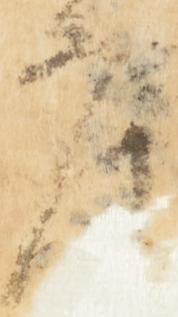
度